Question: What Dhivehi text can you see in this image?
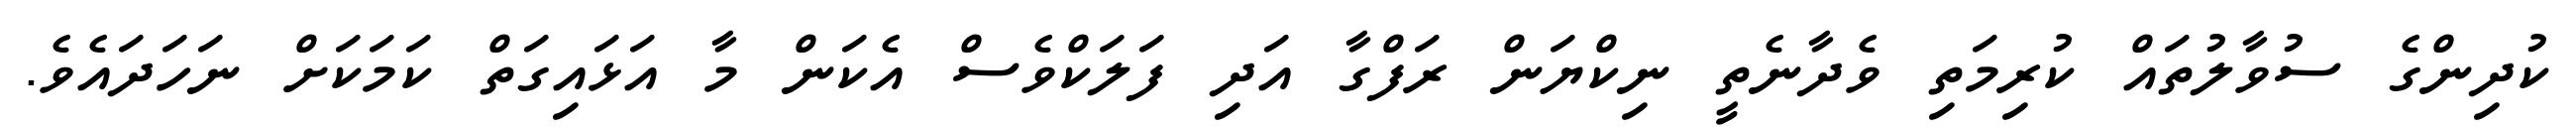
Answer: ކުދިންގެ ސުވާލުތައް ކުރިމަތި ވެދާނެތީ ނިކްޔަން ރަފްގާ އަދި ފަލަކްވެސް އެކަން މާ އަޅައިގަތް ކަމަކަށް ނަހަދައެވެ.